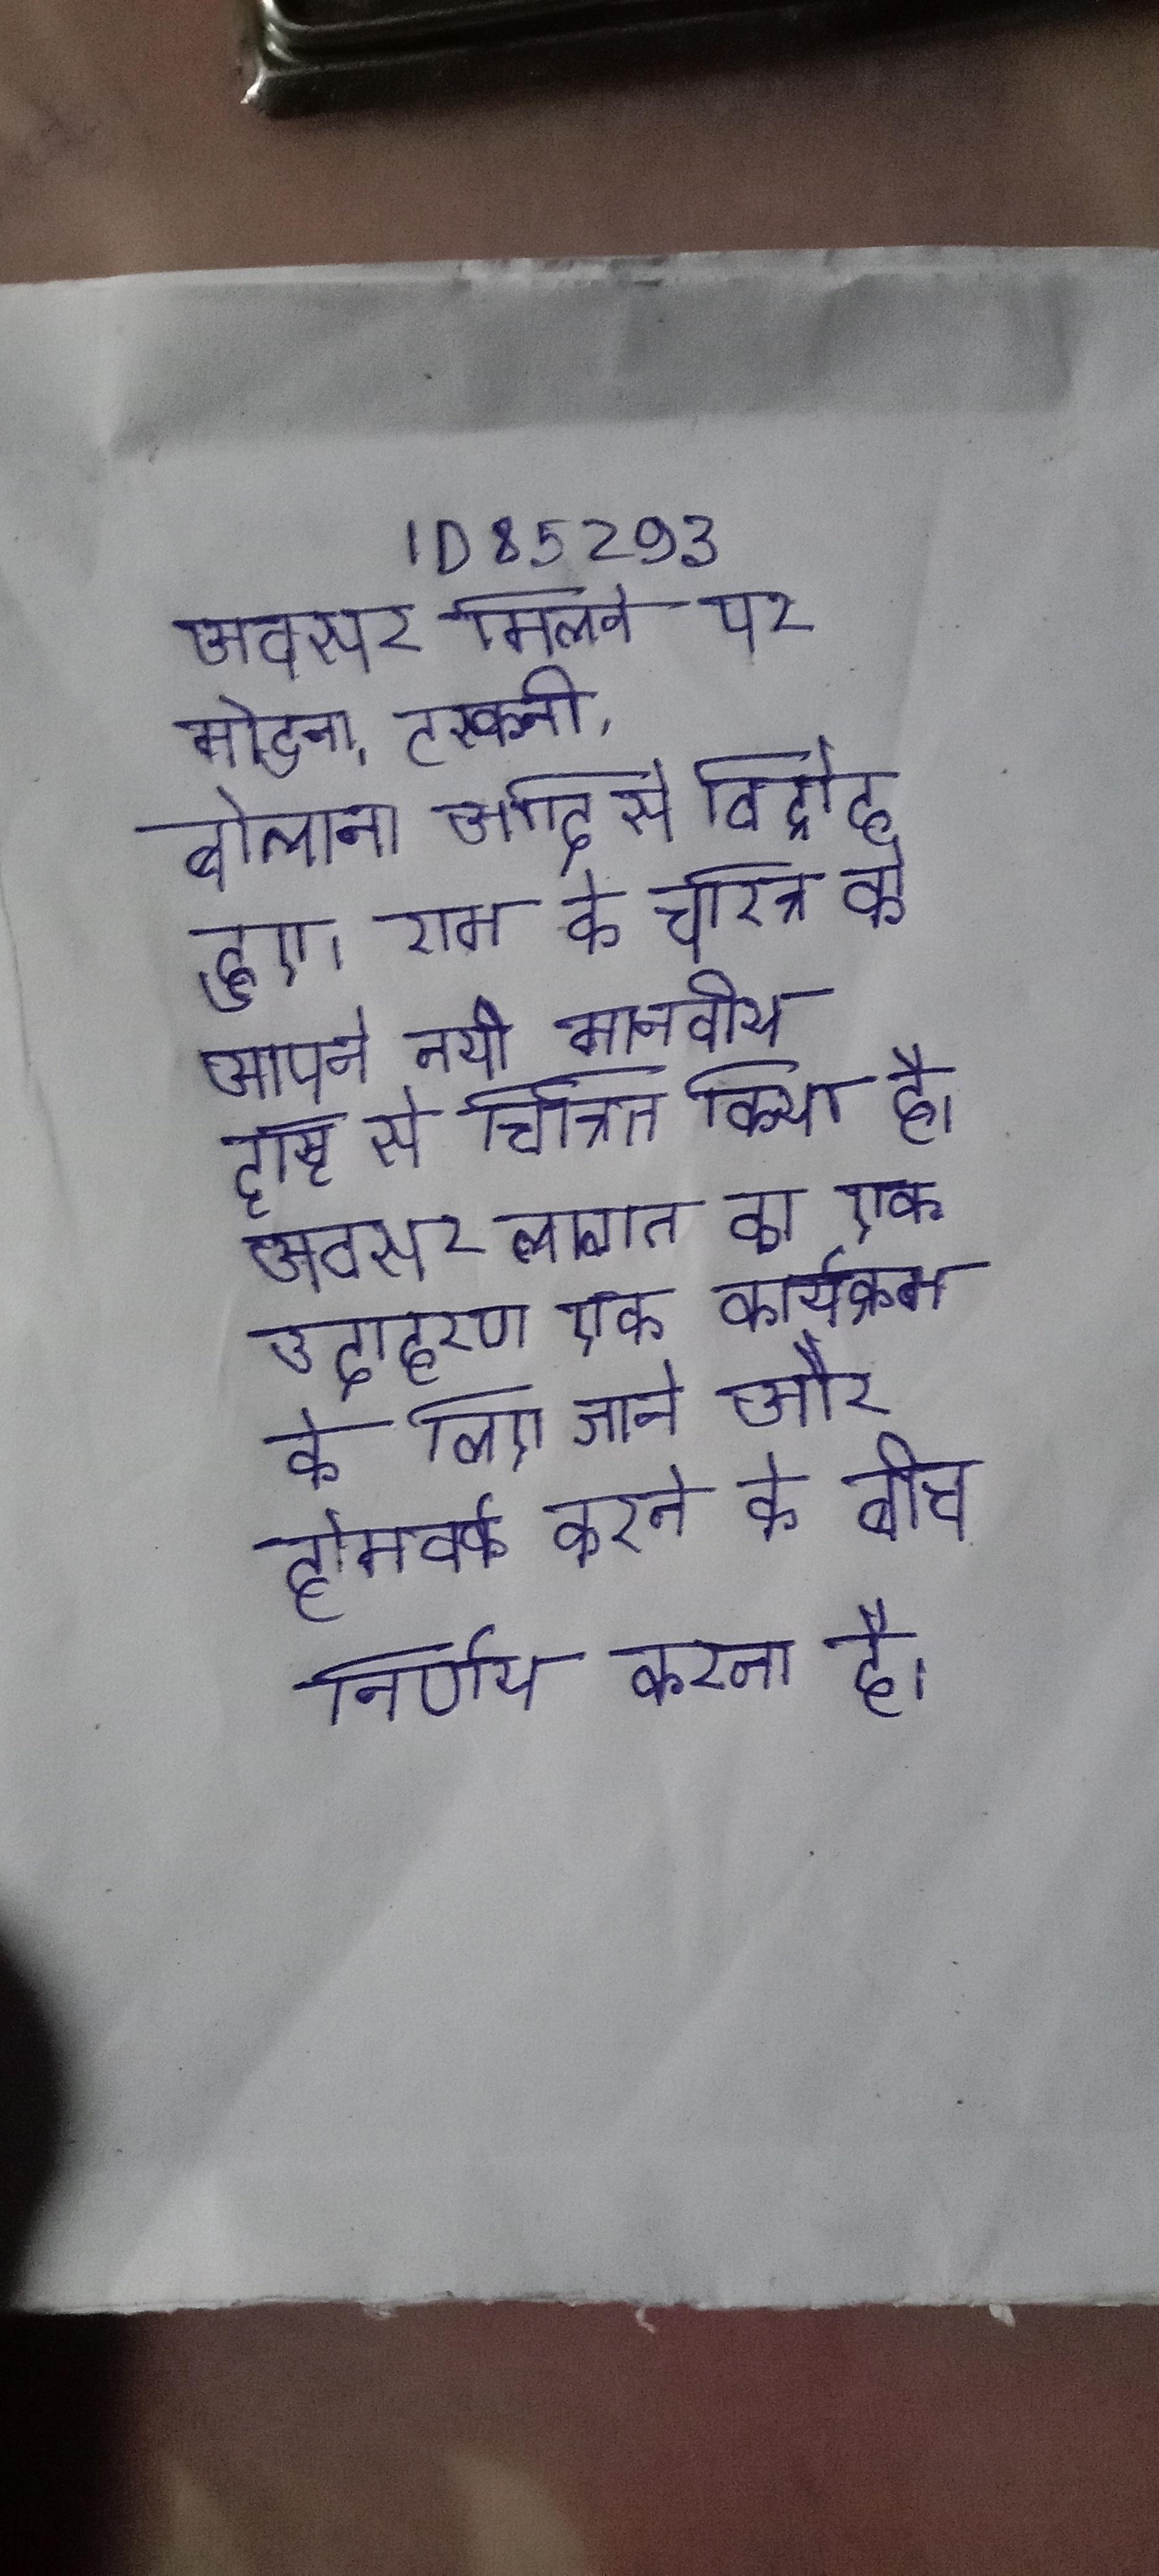
अवसर मिलने पर मोडना, टस्कनी, बोल्गाना आदि से विद्रोह हुए । राम के चरित्र को आपने नयी मानवीय दृष्टि से चित्रित किया है । अवसर लागत का एक उदाहरण एक कार्यक्रम के लिए जाने और होमवर्क करने के बीच निर्णय करना है ।